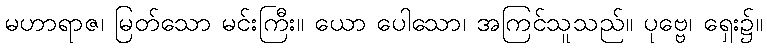
မဟာရာဇ၊ မြတ်သော မင်းကြီး။ ယော ပေါသော၊ အကြင်သူသည်။ ပုဗ္ဗေ၊ ရှေး၌။